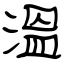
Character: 溫